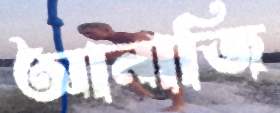
আনাজি